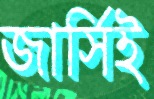
জার্সিই